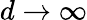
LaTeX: d\rightarrow\infty